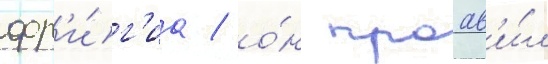
фр'и́г'иа / о́н проав'и́л